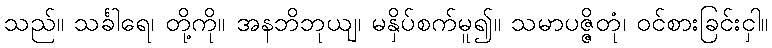
သည်။ သင်္ခါရေ၊ တို့ကို။ အနဘိဘုယျ၊ မနှိပ်စက်မူ၍။ သမာပဇ္ဇိတုံ၊ ဝင်စားခြင်းငှါ။